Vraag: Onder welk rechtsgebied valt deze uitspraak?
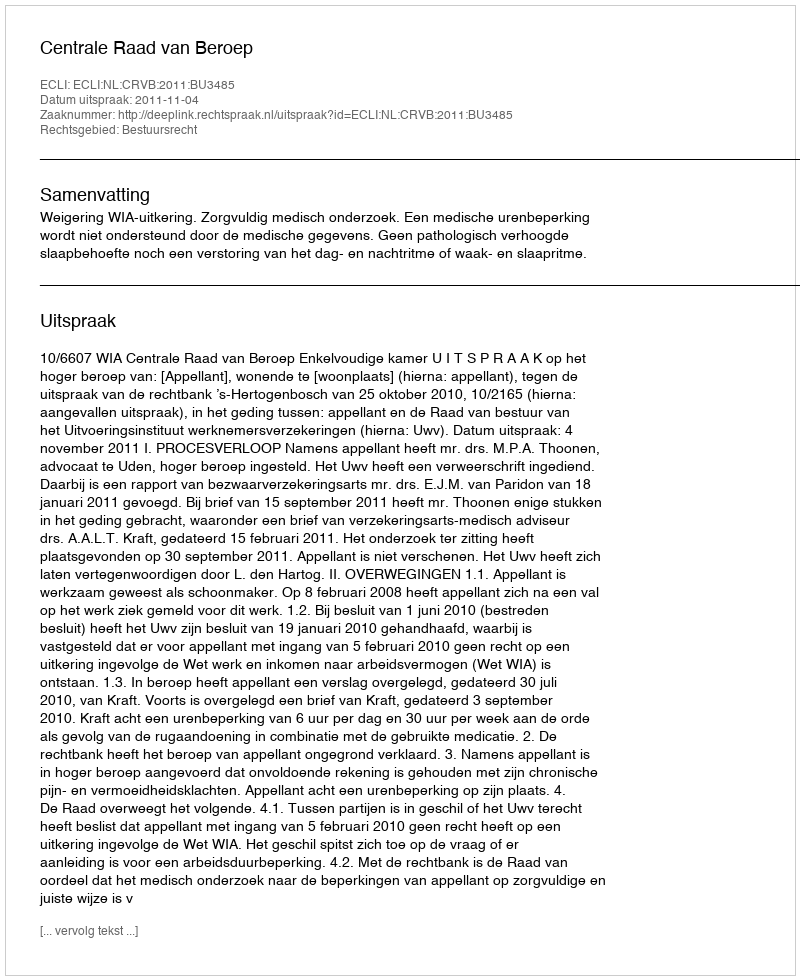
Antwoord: Bestuursrecht